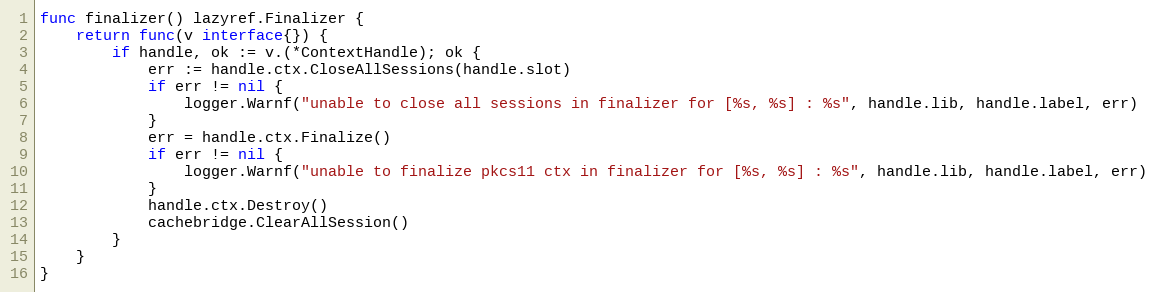
Language: Go
func finalizer() lazyref.Finalizer {
	return func(v interface{}) {
		if handle, ok := v.(*ContextHandle); ok {
			err := handle.ctx.CloseAllSessions(handle.slot)
			if err != nil {
				logger.Warnf("unable to close all sessions in finalizer for [%s, %s] : %s", handle.lib, handle.label, err)
			}
			err = handle.ctx.Finalize()
			if err != nil {
				logger.Warnf("unable to finalize pkcs11 ctx in finalizer for [%s, %s] : %s", handle.lib, handle.label, err)
			}
			handle.ctx.Destroy()
			cachebridge.ClearAllSession()
		}
	}
}